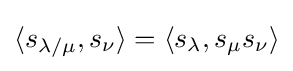
\langle s_{\lambda /\mu },s_{\nu }\rangle =\langle s_{\lambda },s_{\mu }s_{\nu }\rangle